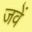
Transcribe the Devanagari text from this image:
जवें